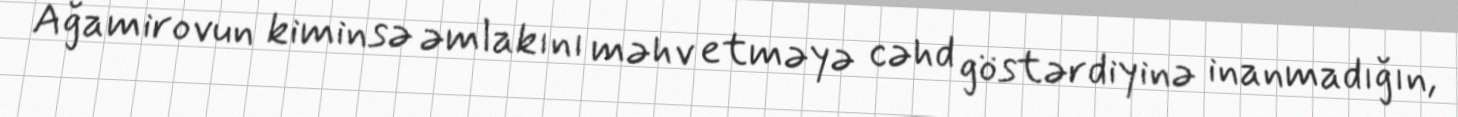
Ağamirovun kiminsə əmlakını məhv etməyə cəhd göstərdiyinə inanmadığın,